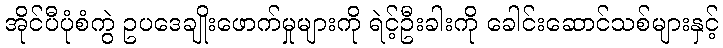
အိုင်ပီပုံစံကွဲ ဥပဒေချိုးဖောက်မှုများကို ရဲင့်ဦးခါးကို ခေါင်းဆောင်သစ်များနှင့်